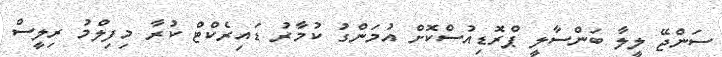
ސަންޖޭ ލީލާ ބަންސާލީ ޕްރޮޑިއުސްކޮށް އުމަންގު ކުމާރު ޑައިރެކްޓް ކުރާ މިފިލްމު ރިލީސް